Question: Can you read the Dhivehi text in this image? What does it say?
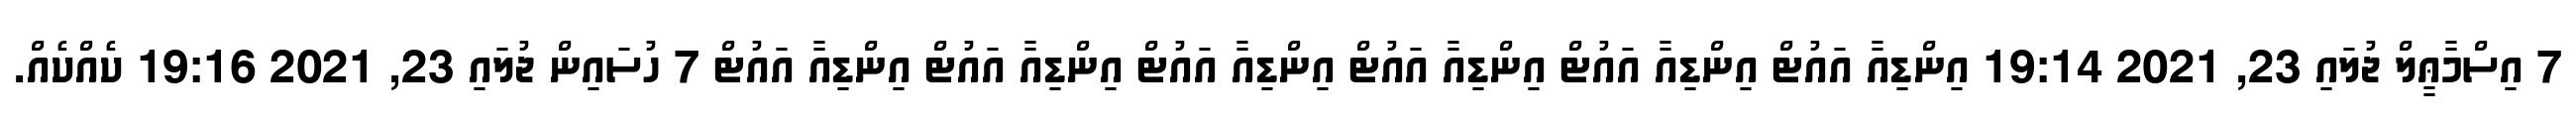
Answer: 7 އިސްމާޢީލް ޖުލައި 23, 2021 19:14 އިންޑިއާ އައުޓް އިންޑިއާ އައުޓް އިންޑިއާ އައުޓް އިންޑިއާ އައުޓް އިންޑިއާ އައުޓް އިންޑިއާ އައުޓް 7 ހުސައިން ޖުލައި 23, 2021 19:16 ކެއްކެއް.